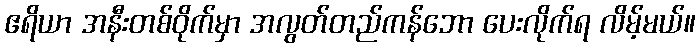
ဧရိယာ အနီးတစ်ဝိုက်မှာ အလွတ်တည်ကန်ဘော ပေးလိုက်ရ လိမ့်မယ်။